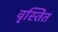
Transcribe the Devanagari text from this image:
वृस्तित